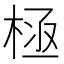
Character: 𣒝